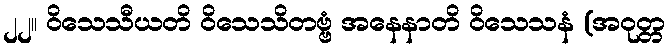
၂၂။ ဝိသေသီယတိ ဝိသေသိတဗ္ဗံ အနေနာတိ ဝိသေသနံ (အဝုတ္တ